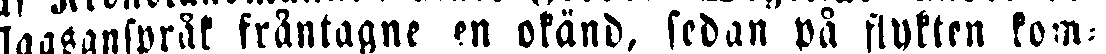
slagsanspråk fråntagne en okänd, sedan på flykten kom-